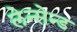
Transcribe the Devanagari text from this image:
लेन्सेन्ड